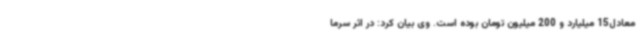
معادل15 میلیارد و 200 میلیون تومان بوده است. وی بیان کرد: در اثر سرما